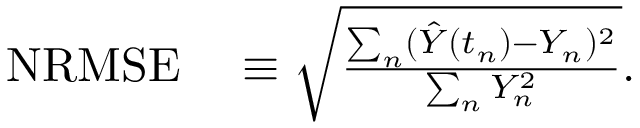
\begin{array} { r l } { \mathrm { N R M S E } } & { { } \equiv \sqrt { \frac { \sum _ { n } ( \hat { Y } ( t _ { n } ) - Y _ { n } ) ^ { 2 } } { \sum _ { n } Y _ { n } ^ { 2 } } } . } \end{array}